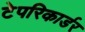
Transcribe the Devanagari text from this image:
टेपरिकार्डर